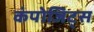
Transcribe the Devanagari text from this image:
कंपोजिट्स